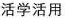
活学活用